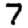
Digit: 7